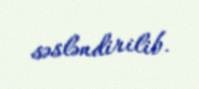
səsləndirilib.